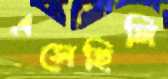
এসেছিলি